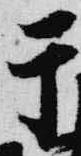
于